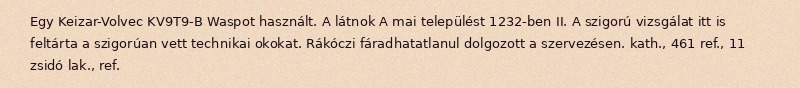
Egy Keizar-Volvec KV9T9-B Waspot használt. A látnok A mai települést 1232-ben II. A szigorú vizsgálat itt is feltárta a szigorúan vett technikai okokat. Rákóczi fáradhatatlanul dolgozott a szervezésen. kath., 461 ref., 11 zsidó lak., ref.